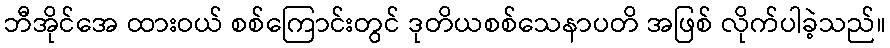
ဘီအိုင်အေ ထားဝယ် စစ်ကြောင်းတွင် ဒုတိယစစ်သေနာပတိ အဖြစ် လိုက်ပါခဲ့သည်။